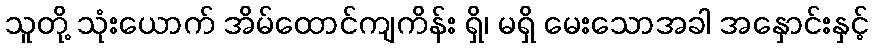
သူတို့ သုံးယောက် အိမ်ထောင်ကျကိန်း ရှိ၊ မရှိ မေးသောအခါ အနှောင်းနှင့်